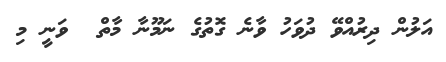
އަލުން ދިރުއްވޭ ދުވަހު ވާނެ ގޮތުގެ ނަމޫނާ މާތް  ވަނީ މި